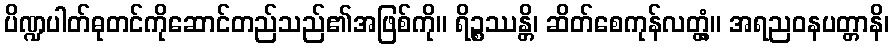
ပိဏ္ဍပါတ်ဓုတင်ကိုဆောင်တည်သည်၏အဖြစ်ကို။ ရိဉ္စဿန္တိ၊ ဆိတ်စေကုန်လတ္တံ့။ အရညဝနပတ္တာနိ၊